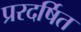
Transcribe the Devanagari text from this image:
प्ररदर्षित